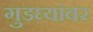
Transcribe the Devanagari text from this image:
गुडघ्यांवर